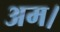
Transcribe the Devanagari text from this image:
अम।